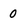
Character: 0